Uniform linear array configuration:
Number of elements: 64
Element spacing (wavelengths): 0.5
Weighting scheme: binomial
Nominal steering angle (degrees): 0
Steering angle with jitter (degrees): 1.274
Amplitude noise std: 0.05
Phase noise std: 0.05

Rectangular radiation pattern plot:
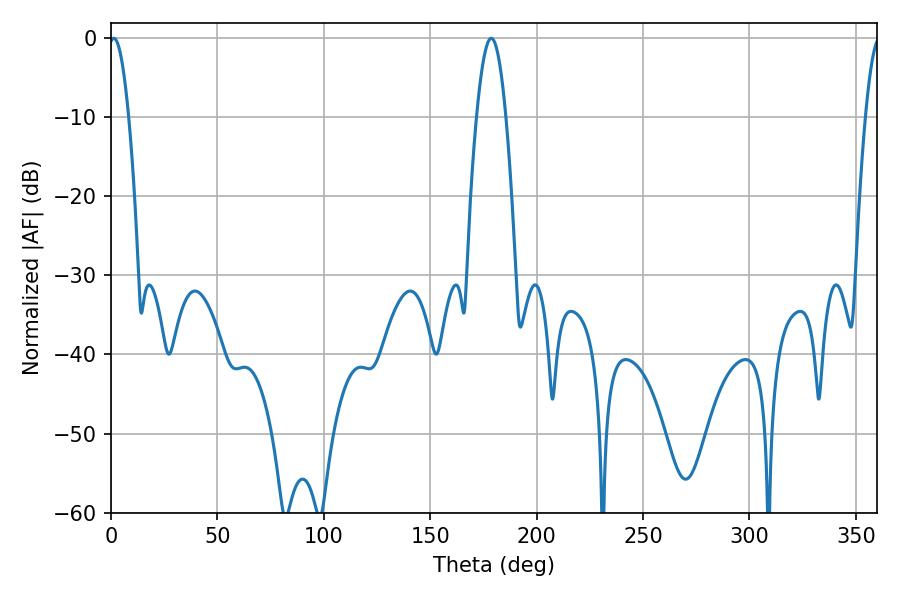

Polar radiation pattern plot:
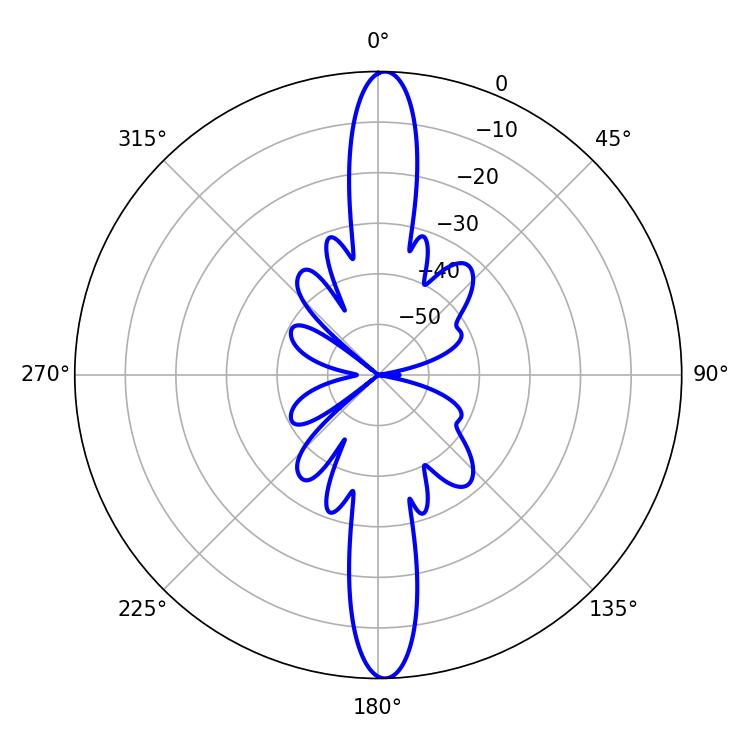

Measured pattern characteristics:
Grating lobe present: FALSE
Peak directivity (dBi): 24.699
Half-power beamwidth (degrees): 5.04
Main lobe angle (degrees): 1.26